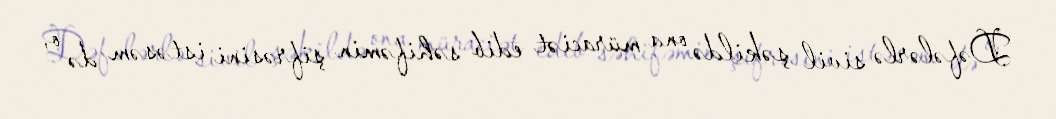
Dəfələrlə sivil şəkildə ona müraciət edib səhifəmin şifrəsini istəsəm də o,